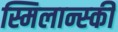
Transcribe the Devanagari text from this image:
स्मिलान्स्की